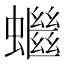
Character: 𧓓